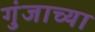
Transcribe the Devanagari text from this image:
गुंजाच्या